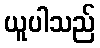
ယူပါသည်